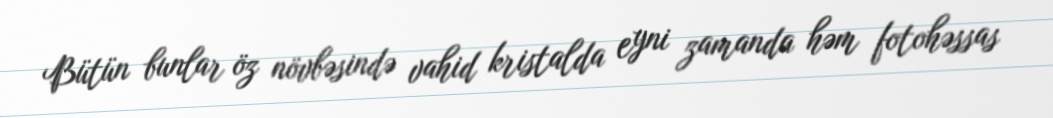
Bütün bunlar öz növbəsində vahid kristalda eyni zamanda həm fotohəssas